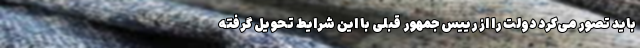
باید تصور می‌کرد دولت را از رییس جمهور قبلی با این شرایط تحویل گرفته